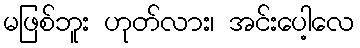
မဖြစ်ဘူး ဟုတ်လား၊ အင်းပေါ့လေ